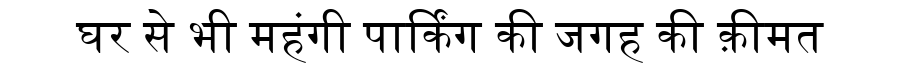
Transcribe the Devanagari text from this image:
घर से भी महंगी पार्किंग की जगह की क़ीमत